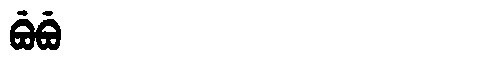
Manchu: ᠪᡠᠪᡠ
Romanization: BUBU